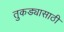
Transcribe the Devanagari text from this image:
तुकड्यासाठी